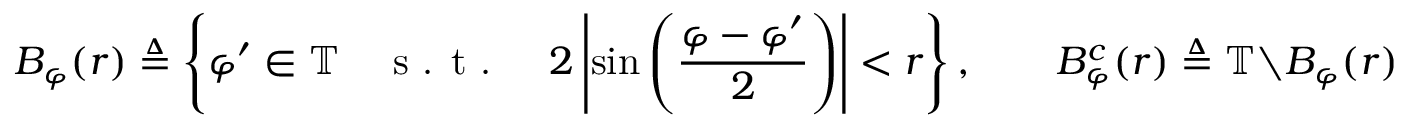
B _ { \varphi } ( r ) \triangleq \left\{ \varphi ^ { \prime } \in \mathbb { T } \quad \textnormal { s . t . } \quad 2 \left| \sin \left( \frac { \varphi - \varphi ^ { \prime } } { 2 } \right) \right| < r \right\} , \qquad B _ { \varphi } ^ { c } ( r ) \triangleq \mathbb { T } \setminus B _ { \varphi } ( r ) .